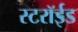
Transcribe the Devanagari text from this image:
स्टरॉईड